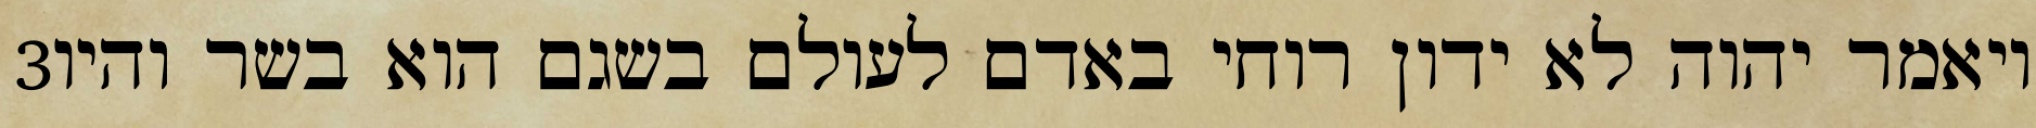
‎3‏ ויאמר יהוה לא ידון רוחי באדם לעולם בשגם הוא בשר והיו